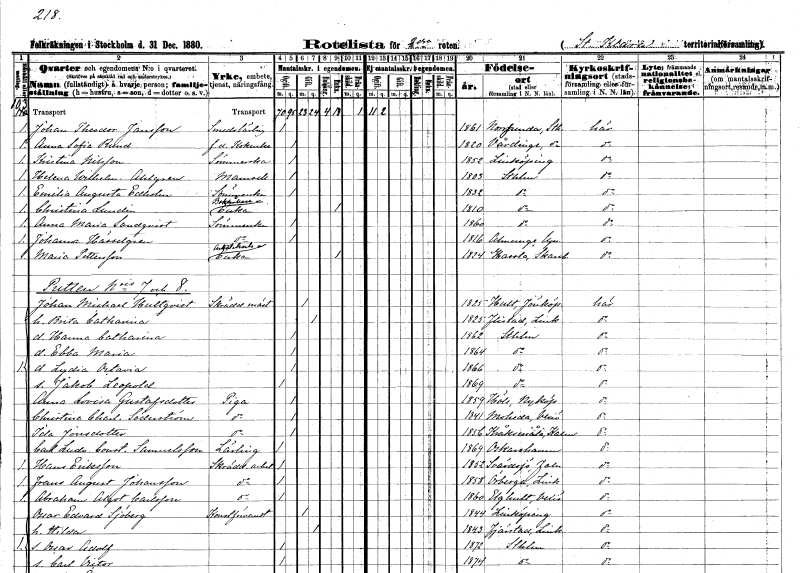
gt_parse: households: individuals: FN: Johan Theodor
EN: Jansson
YRKE: Smedslärling
KON: M
CIV: O
FODAR: 1861
FODFORS: Norrsunda Stockholms län
FN: Anna Sofia
EN: Rund
YRKE: Kokerska f.d.
KON: K
CIV: O
FODAR: 1820
FODFORS: Vårdinge Stockholms län
FN: Kristina
EN: Nilsson
YRKE: Sömmerska
KON: K
CIV: O
FODAR: 1852
FODFORS: Linköping Östergötlands län
FN: Helena Wilhelmina
EN: Ahlgren
KON: K
CIV: O
FODAR: 1803
FODFORS: Stockholm
FN: Emilia Augusta
EN: Edholm
YRKE: Sömmerska
KON: K
CIV: O
FODAR: 1832
FODFORS: Stockholm
FN: Christina
EN: Lundin
YRKE: Bokhållareänka
KON: K
CIV: E
FODAR: 1810
FODFORS: Stockholm
FN: Anna Maria
EN: Sandqvist
YRKE: Sömmerska
KON: K
CIV: O
FODAR: 1860
FODFORS: Stockholm
FN: Johanna
EN: Hässelgren
YRKE: Sömmerska
KON: K
CIV: O
FODAR: 1816
FODFORS: Almunge Uppsala län
FN: Maria
EN: Pettersson
YRKE: Arbetskarlsänka
KON: K
CIV: E
FODAR: 1824
FODFORS: Hassle Skaraborgs län
FN: Johan Michael
EN: Hultqvist
YRKE: Skräddarmästare
KON: M
CIV: G
FODAR: 1825
FODFORS: Hult Jönköpings län
FN: Brita Catharina
KON: K
CIV: G
FODAR: 1825
FODFORS: Flistad Östergötlands län
FN: Hanna Catharina
KON: K
CIV: O
FODAR: 1862
FODFORS: Stockholm
FN: Ebba Maria
KON: K
CIV: O
FODAR: 1864
FODFORS: Stockholm
FN: Lydia Octavia
KON: K
CIV: O
FODAR: 1866
FODFORS: Stockholm
FN: Jakob Leopold
KON: M
CIV: O
FODAR: 1869
FODFORS: Stockholm
FN: Anna Lovisa
EN: Gustafsdotter
YRKE: Piga
KON: K
CIV: O
FODAR: 1859
FODFORS: Hölö Stockholms län
FN: Christina Charlotta
EN: Söderström
YRKE: Piga
KON: K
CIV: O
FODAR: 1841
FODFORS: Moheda Kronobergs län
FN: Ida
EN: Jonsdotter
YRKE: Piga
KON: K
CIV: O
FODAR: 1856
FODFORS: Kråksmåla Kalmar län
FN: Carl Ludvig Constantin
EN: Samuelsson
YRKE: Lärling
KON: M
CIV: O
FODAR: 1869
FODFORS: Oskarshamn Kalmar län
FN: Hans
EN: Eriksson
YRKE: Skrädderiarbetare
KON: M
CIV: O
FODAR: 1852
FODFORS: Svärdsjö Kopparbergs län
FN: Frans August
EN: Johansson
YRKE: Skrädderiarbetare
KON: M
CIV: O
FODAR: 1858
FODFORS: Örberga Östergötlands län
FN: Abraham Algot
EN: Carlsson
YRKE: Skrädderiarbetare
KON: M
CIV: O
FODAR: 1860
FODFORS: Älghult Kronobergs län